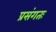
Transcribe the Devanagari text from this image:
प्रसंगतः